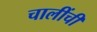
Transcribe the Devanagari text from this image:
चालींची